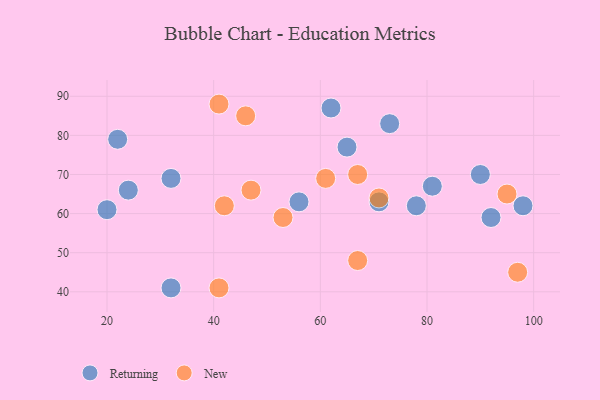
{"axis": {"x": "GDP", "y": "Life Expectancy"}, "legend": ["New", "Returning"], "data": [{"x": "22", "y": 79, "type": "Returning"}, {"x": "20", "y": 61, "type": "Returning"}, {"x": "92", "y": 59, "type": "Returning"}, {"x": "73", "y": 83, "type": "Returning"}, {"x": "62", "y": 87, "type": "Returning"}, {"x": "90", "y": 70, "type": "Returning"}, {"x": "81", "y": 67, "type": "Returning"}, {"x": "56", "y": 63, "type": "Returning"}, {"x": "98", "y": 62, "type": "Returning"}, {"x": "32", "y": 41, "type": "Returning"}, {"x": "32", "y": 69, "type": "Returning"}, {"x": "71", "y": 63, "type": "Returning"}, {"x": "78", "y": 62, "type": "Returning"}, {"x": "65", "y": 77, "type": "Returning"}, {"x": "24", "y": 66, "type": "Returning"}, {"x": "46", "y": 85, "type": "New"}, {"x": "67", "y": 70, "type": "New"}, {"x": "67", "y": 48, "type": "New"}, {"x": "97", "y": 45, "type": "New"}, {"x": "95", "y": 65, "type": "New"}, {"x": "61", "y": 69, "type": "New"}, {"x": "53", "y": 59, "type": "New"}, {"x": "42", "y": 62, "type": "New"}, {"x": "47", "y": 66, "type": "New"}, {"x": "41", "y": 88, "type": "New"}, {"x": "41", "y": 41, "type": "New"}, {"x": "71", "y": 64, "type": "New"}]}